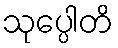
သုပ္ပေါတိ